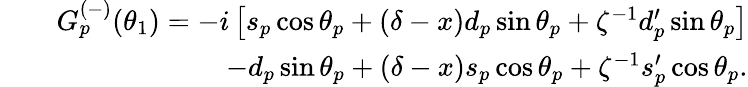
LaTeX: \begin{array}{rlr}&{}&{G_{p}^{(-)}(\theta_{1})=-i\left[s_{p}\cos\theta_{p}+\left(\delta-x\right)d_{p}\sin\theta_{p}+\zeta^{-1}d_{p}^{\prime}\sin\theta_{p}\right]}\\ &{}&{-d_{p}\sin\theta_{p}+\left(\delta-x\right)s_{p}\cos\theta_{p}+\zeta^{-1}s_{p}^{\prime}\cos\theta_{p}.}\end{array}